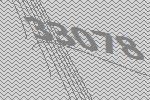
33078